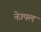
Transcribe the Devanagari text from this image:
नेज़्पल